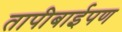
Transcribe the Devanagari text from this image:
तापीबाईपण